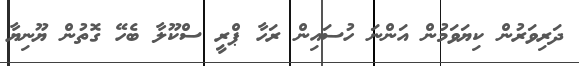
ދަރިވަރުން ކިޔަވަމުން އަންނަ ހުސައިން ރަހާ ޕްރީ ސްކޫލާ ބެހޭ ގޮތުން ޔޫނިޔާ